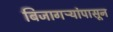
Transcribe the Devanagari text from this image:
बिजागऱ्यांपासून